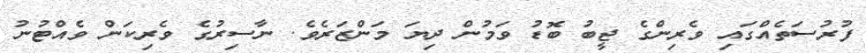
ފުރުސަތެއްގައި ވެރިންގެ ޖީބު ބޮޑު ވަމުން ދިޔަ މަންޒަރެވެ. ނާސިރުގެ ވެރިކަން ވެއްޓުނު